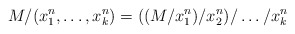
\begin{align*}M/(x_1^n, \dots, x_k^n) = ((M/x_1^n)/x_2^n)/\dots/x_k^n\end{align*}